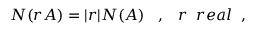
N ( r { \cal A } ) = \vert r \vert N ( { \cal A } ) \; \; \; , \; \; \; r \; \; r e a l \; \; ,